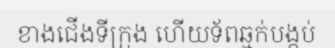
ខាងជើងទីក្រុង ហើយទ័ពឆ្មក់បង្កប់